Indian journal of veterinary science and animal husbandry - Volumes 18-21, 1948-1951
Year: 1948
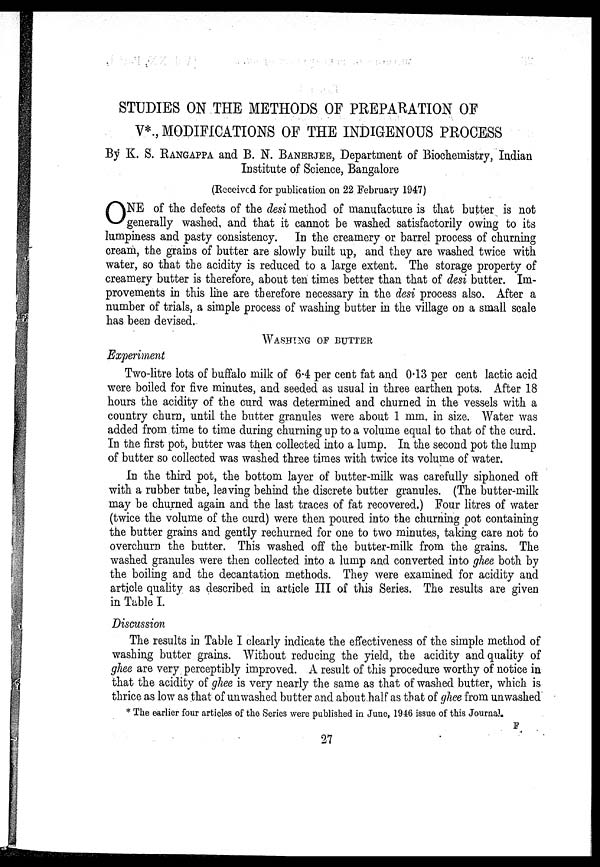
STUDIES ON THE METHODS OF PREPARATION OF
V*., MODIFICATIONS OF THE INDIGENOUS PROCESS
By K. S. RANGAPPA and B. N. BANERJEE, Department of Biochemistry, Indian
Institute of Science, Bangalore
(Received for publication on 22 February 1947)
O NE of the defects of the desi method of manufacture is that butter is not
generally washed, and that it cannot be washed satisfactorily owing to its
lumpiness and pasty consistency. In the creamery or barrel process of churning
cream, the grains of butter are slowly built up, and they are washed twice with
water, so that the acidity is reduced to a large extent. The storage property of
creamery butter is therefore, about ten times better than that of desi butter. Im-
provements in this line are therefore necessary in the desi process also. After a
number of trials, a simple process of washing butter in the village on a small scale
has been devised.
WASHING OF BUTTER
Experiment
Two-litre lots of buffalo milk of 6.4 per cent fat and 0.13 per cent lactic acid
were boiled for five minutes, and seeded as usual in three earthen pots. After 18
hours the acidity of the curd was determined and churned in the vessels with a
country churn, until the butter granules were about 1 mm. in size. Water was
added from time to time during churning up to a volume equal to that of the curd.
In the first pot, butter was then collected into a lump. In the second pot the lump
of butter so collected was washed three times with twice its volume of water.
In the third pot, the bottom layer of butter-milk was carefully siphoned off
with a rubber tube, leaving behind the discrete butter granules. (The butter-milk
may be churned again and the last traces of fat recovered.) Four litres of water
(twice the volume of the curd) were then poured into the churning pot containing
the butter grains and gently rechurned for one to two minutes, taking care not to
overchurn the butter. This washed off the butter-milk from the grains. The
washed granules were then collected into a lump and converted into ghee both by
the boiling and the decantation methods. They were examined for acidity and
article quality as described in article III of this Series. The results are given
in Table I.
Discussion
The results in Table I clearly indicate the effectiveness of the simple method of
washing butter grains. Without reducing the yield, the acidity and quality of
ghee are very perceptibly improved. A result of this procedure worthy of notice in
that the acidity of ghee is very nearly the same as that of washed butter, which is
thrice as low as that of unwashed butter and about half as that of ghee from unwashed
* The earlier four articles of the Series were published in June, 1946 issue of this Journal.
F
27